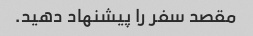
مقصد سفر را پیشنهاد دهید.